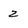
Character: 2